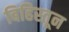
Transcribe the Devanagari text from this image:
बिहिस्तून